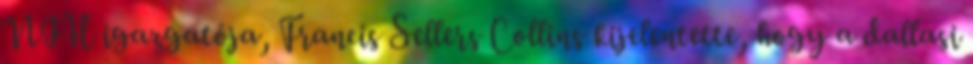
NIH igazgatója, Francis Sellers Collins kijelentette, hogy a dallasi